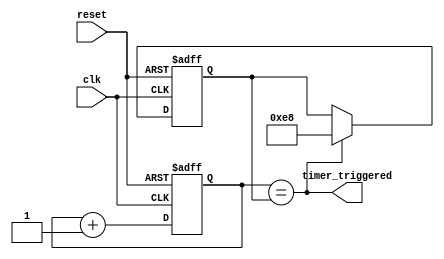
module IntervalTimer (
    input wire clk,          // Clock input
    input wire reset,        // Reset input
    output reg timer_triggered // Timer trigger output
);

// Parameters for counter size and interval value
parameter COUNTER_SIZE = 8;
parameter CLOCK_FREQ = 50_000_000; // 50MHz clock frequency
parameter INTERVAL_VALUE = 1000; // Interval value of 1000 clock cycles

reg [COUNTER_SIZE-1:0] counter;
reg [COUNTER_SIZE-1:0] interval;

always @ (posedge clk or posedge reset)
begin
    if (reset)
        counter <= 0;
    else
        counter <= counter + 1;
end

always @ (posedge clk or posedge reset)
begin
    if (reset)
        interval <= INTERVAL_VALUE;
    else if (counter == interval)
        interval <= INTERVAL_VALUE;
end

assign timer_triggered = (counter == interval);

endmodule